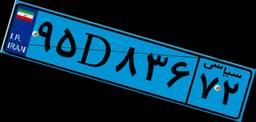
۴۵D۴۳۲۲۸